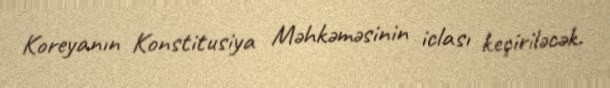
Koreyanın Konstitusiya Məhkəməsinin iclası keçiriləcək.